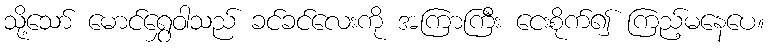
သို့သော် မောင်ရွှေဝါသည် ခင်ခင်လေးကို အကြာကြီး ငေးစိုက်၍ ကြည့်မနေပေ။